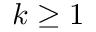
k \ge 1